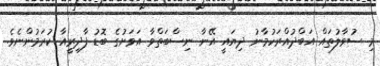
މި ސުވާލުތައް އަބްދުއްރަހުމާނު ދިޔައީ އޭނާ ނިސްބަތްވާ އަވަށުގެ ބޮޑު ފާދިރީއާ ކުރަމުންނެވެ.